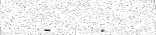
-    .